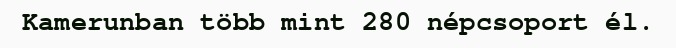
Kamerunban több mint 280 népcsoport él.